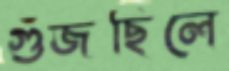
গুঁজছিলে